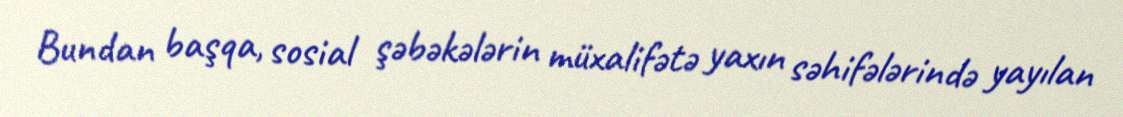
Bundan başqa, sosial şəbəkələrin müxalifətə yaxın səhifələrində yayılan